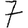
Digit: 7